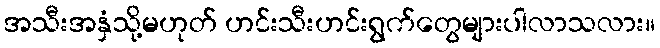
အသီးအနှံသို့မဟုတ် ဟင်းသီးဟင်းရွက်တွေများပါလာသလား။